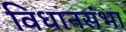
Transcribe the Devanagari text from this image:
विधानसंभा